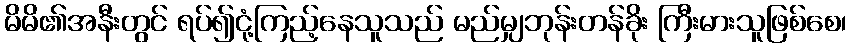
မိမိ၏အနီးတွင် ရပ်၍ငုံ့ကြည့်နေသူသည် မည်မျှဘုန်းတန်ခိုး ကြီးမားသူဖြစ်စေ၊